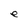
Character: e